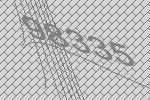
98335